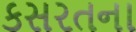
કસરતના